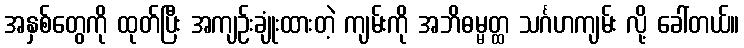
အနှစ်တွေကို ထုတ်ပြီး အကျဉ်းချုံးထားတဲ့ ကျမ်းကို အဘိဓမ္မတ္ထ သင်္ဂဟကျမ်း လို့ ခေါ်တယ်။